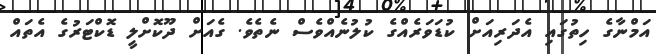
އަމްނާގެ ހިތުގައި އެދަރިއަށް ކުޑަވަރެއްގެ ކުލުނެއްވެސް ނެތެވެ. ގެއަށް ދޫކޮށްލީ ޑޮކްޓަރުގެ އެތައް